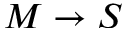
M \to S